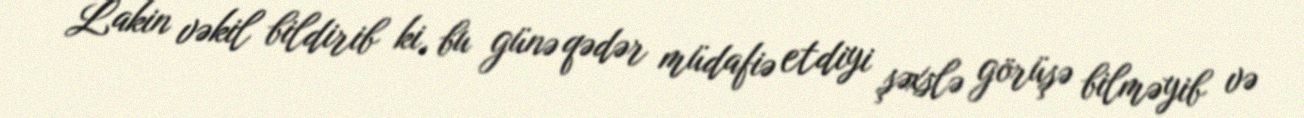
Lakin vəkil bildirib ki, bu günə qədər müdafiə etdiyi şəxslə görüşə bilməyib və